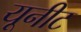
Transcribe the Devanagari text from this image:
यूनीट